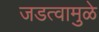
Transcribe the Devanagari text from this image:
जडत्वामुळे